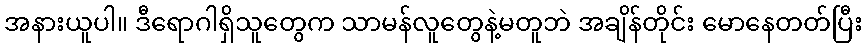
အနားယူပါ။ ဒီရောဂါရှိသူတွေက သာမန်လူတွေနဲ့မတူဘဲ အချိန်တိုင်း မောနေတတ်ပြီး